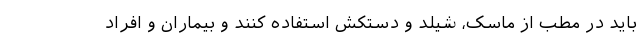
باید در مطب از ماسک، شیلد و دستکش استفاده کنند و بیماران و افراد